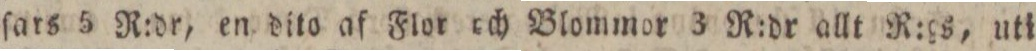
ſars 5 R:dr, en dito af Flor och Blommor 3 R:dr allt R:gs, uti